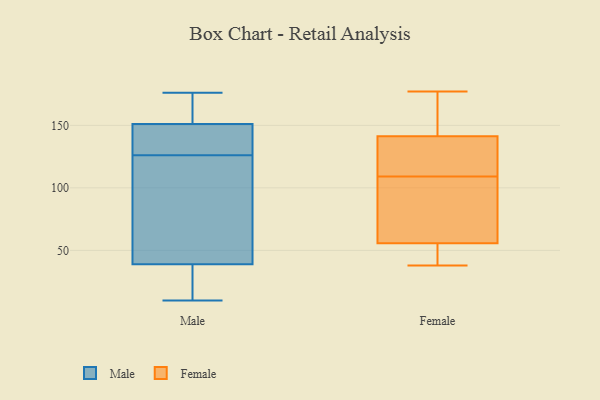
{"axis": {"x": "Conversion Rate (%)", "y": "Value"}, "legend": ["Female", "Male"], "data": [{"x": "", "y": 135, "type": "Male"}, {"x": "", "y": 117, "type": "Male"}, {"x": "", "y": 10, "type": "Male"}, {"x": "", "y": 83, "type": "Male"}, {"x": "", "y": 144, "type": "Male"}, {"x": "", "y": 29, "type": "Male"}, {"x": "", "y": 151, "type": "Male"}, {"x": "", "y": 161, "type": "Male"}, {"x": "", "y": 116, "type": "Male"}, {"x": "", "y": 136, "type": "Male"}, {"x": "", "y": 156, "type": "Male"}, {"x": "", "y": 36, "type": "Male"}, {"x": "", "y": 176, "type": "Male"}, {"x": "", "y": 39, "type": "Male"}, {"x": "", "y": 59, "type": "Female"}, {"x": "", "y": 177, "type": "Female"}, {"x": "", "y": 129, "type": "Female"}, {"x": "", "y": 109, "type": "Female"}, {"x": "", "y": 157, "type": "Female"}, {"x": "", "y": 95, "type": "Female"}, {"x": "", "y": 38, "type": "Female"}, {"x": "", "y": 109, "type": "Female"}, {"x": "", "y": 46, "type": "Female"}, {"x": "", "y": 84, "type": "Female"}, {"x": "", "y": 159, "type": "Female"}, {"x": "", "y": 136, "type": "Female"}, {"x": "", "y": 39, "type": "Female"}]}